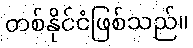
တစ်နိုင်ငံဖြစ်သည်။